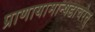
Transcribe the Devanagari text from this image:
प्राणायामान्षडाचरेत्